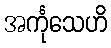
အင်္ကုသေဟိ